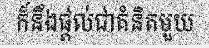
ក៏នឹងផ្តល់ជាគំនិតមួយ